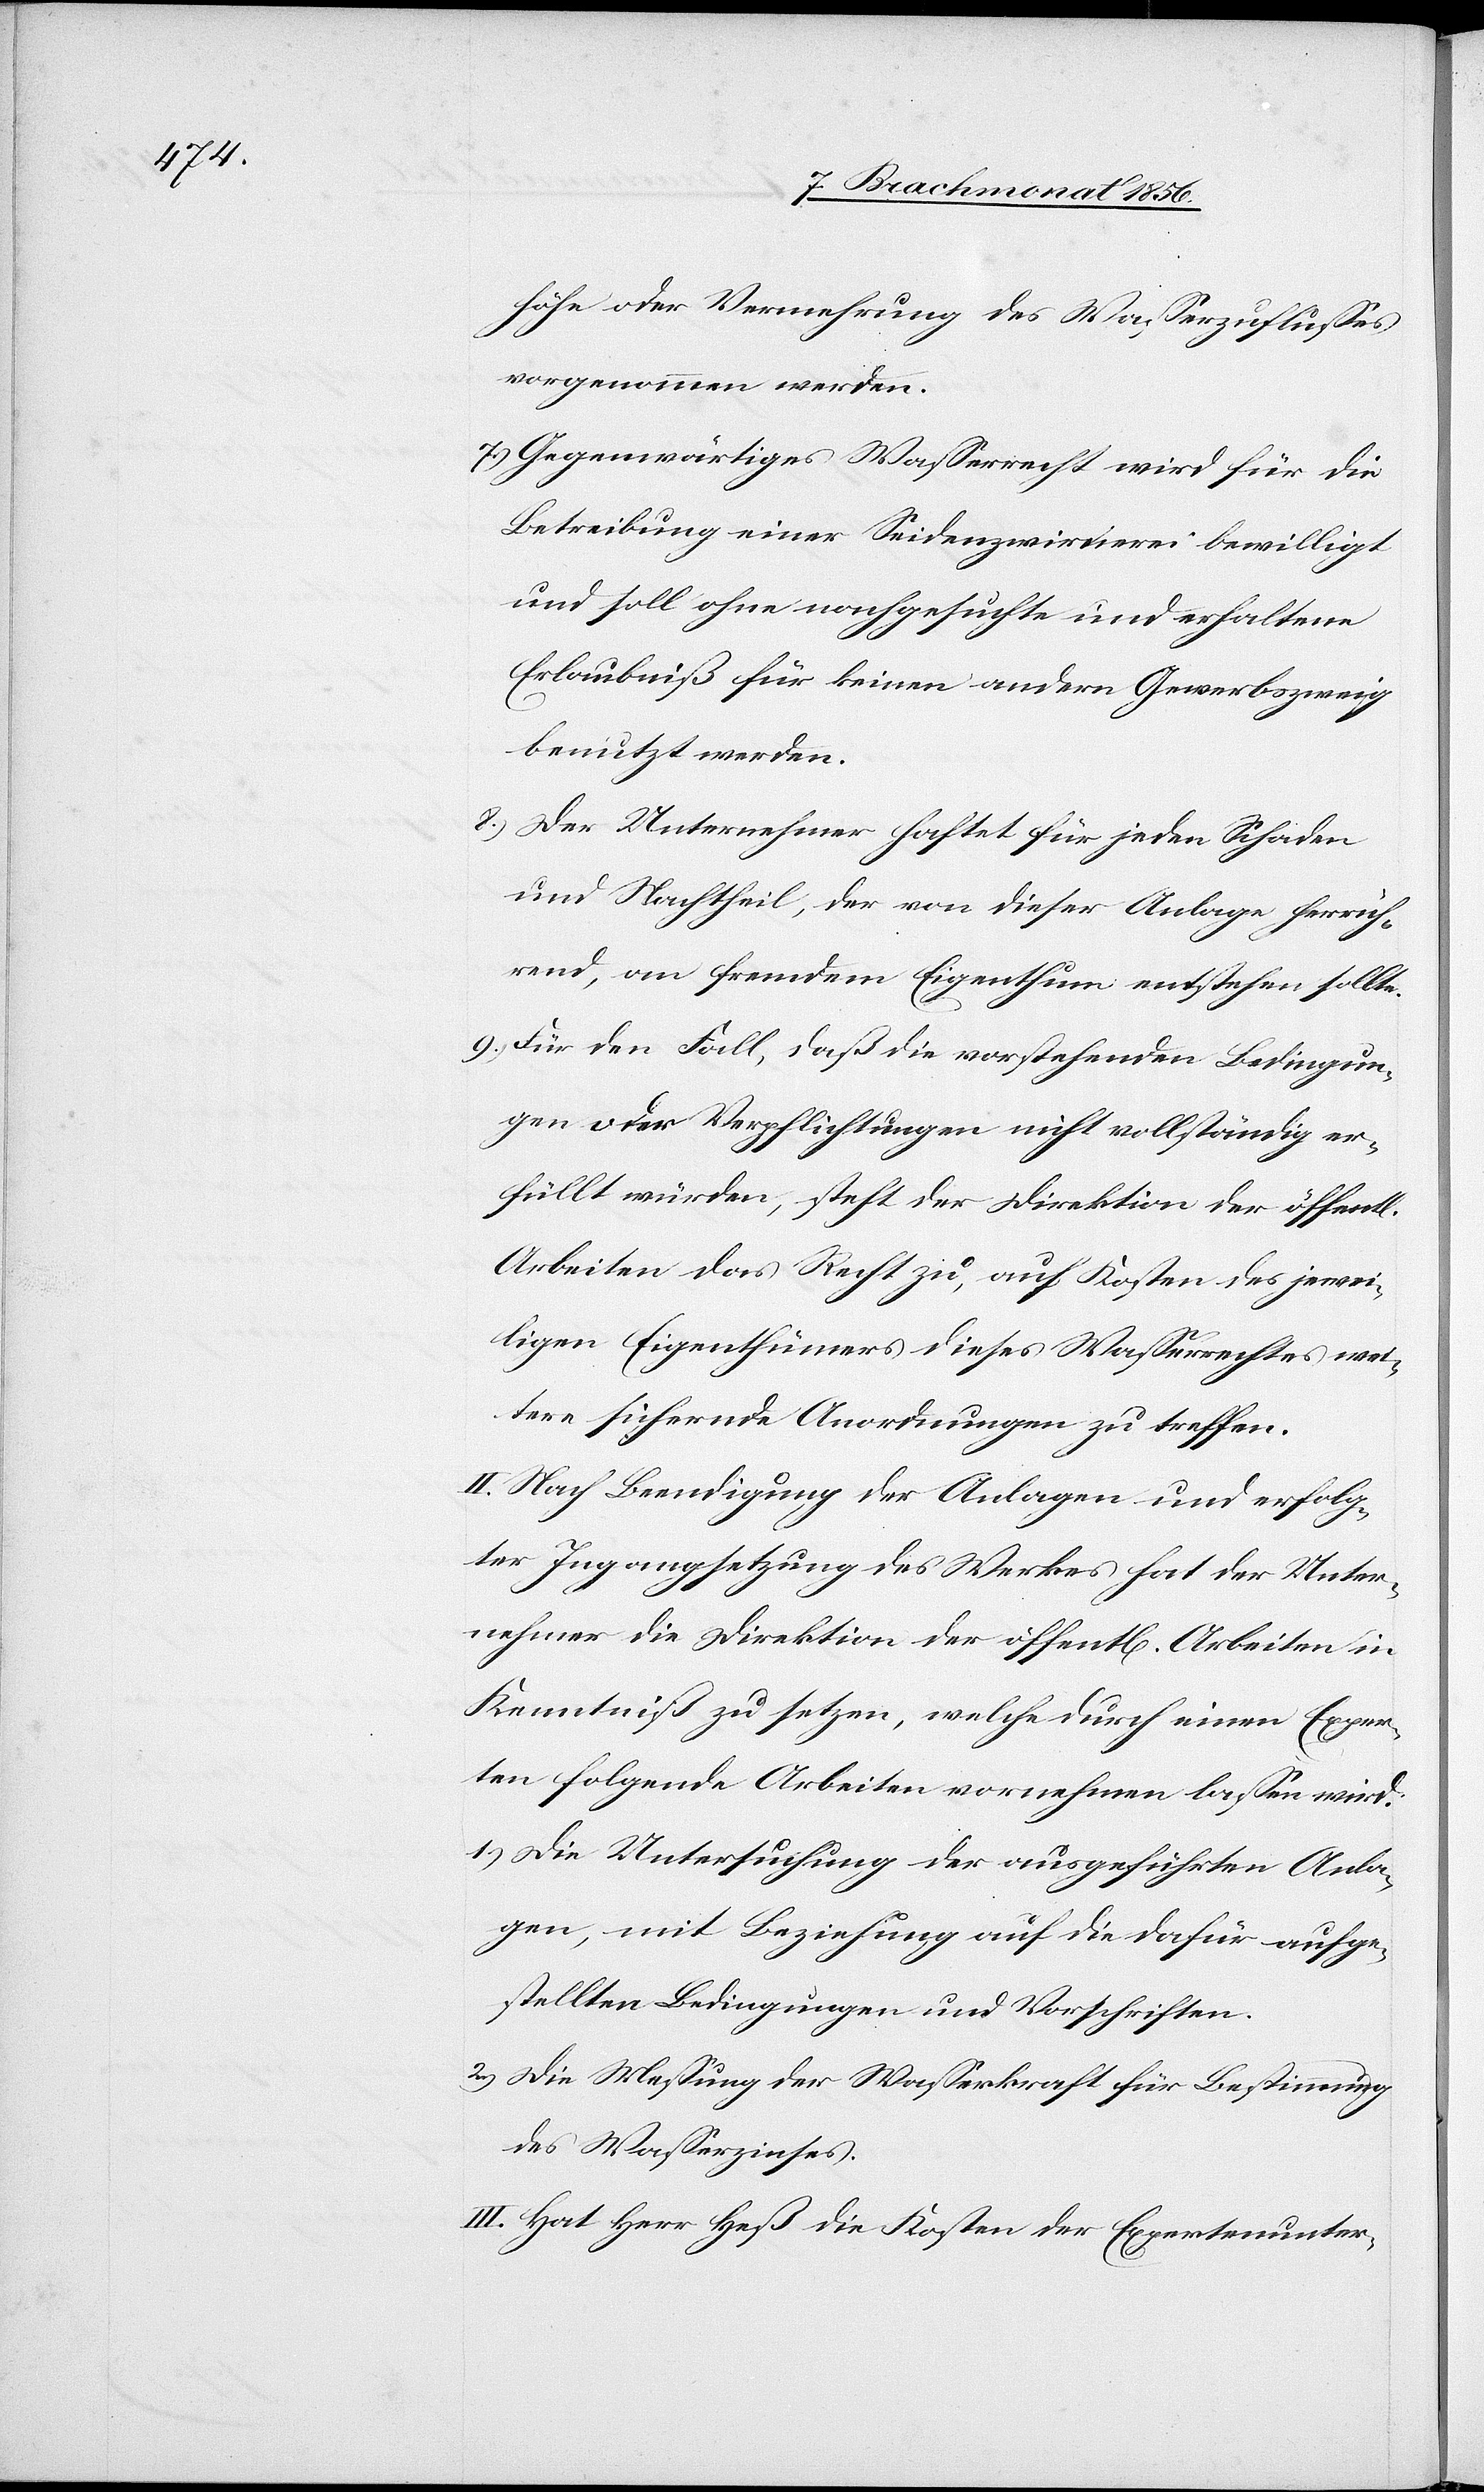
höhe oder Vermehrung des Wasserzuflusses
vorgenommen werden.
7.) Gegenwärtiges Wasserrecht wird für die
Betreibung einer Seidenzwirnerei bewilligt
und soll ohne nachgesuchte und erhaltene
Erlaubniß für keinen andern Gewerbszweig
benutzt werden.
8.) Der Unternehmer haftet für jeden Schaden
und Nachtheil, der von dieser Anlage herrüh¬
rend, an fremdem Eigenthum entstehen sollte.
9.) Für den Fall, daß die vorstehenden Bedingun¬
gen oder Verpflichtungen nicht vollständig er¬
füllt würden, steht der Direktion der öffentl.
Arbeiten das Recht zu, auf Kosten des jewei¬
ligen Eigenthümers dieses Wasserrechtes wei¬
tere sichernde Anordnungen zu treffen.
II. Nach Beendigung der Anlagen und erfolg¬
ter Ingangsetzung des Werkes hat der Unter¬
nehmer die Direktion der öffentl[ichen] Arbeiten in
Kenntniß zu setzen, welche durch einen Exper¬
ten folgende Arbeiten vornehmen lassen wird:
1.) Die Untersuchung der ausgeführten Anla¬
gen, mit Beziehung auf die dafür aufge¬
stellten Bedingungen und Vorschriften.
2.) Die Messung der Wasserkraft für Bestimmung
des Wasserzinses.
III. Hat Herr Heß die Kosten der Expertenunter-